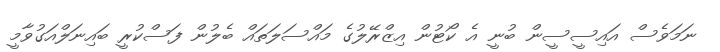
ނަމަވެސް އައިސީސީން ބުނީ އެ ކޯޓުން އިޒްރޭލުގެ މައްސަލަތައް ބެލުން ފަސްކުރީ ބައިނަލްއަގުވާމީ